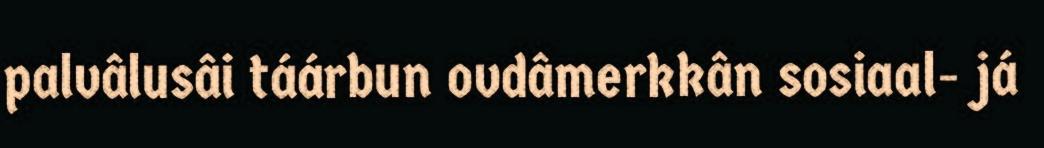
palvâlusâi táárbun ovdâmerkkân sosiaal- já